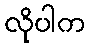
လိုပါက